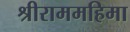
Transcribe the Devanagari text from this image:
श्रीराममहिमा